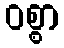
ဝစ္စာ